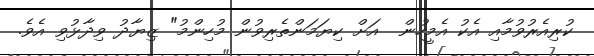
ކުރިއެރުވުމާއި އެކު އެމީހުން  އަށް ކިޔަމަންތެރިވުން މުހިންމު" ޒިޔާދު ވިދާޅުވި އެވެ.